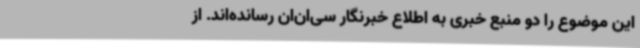
این موضوع را دو منبع خبری به اطلاع خبرنگار سی‌ان‌ان رسانده‌اند. از